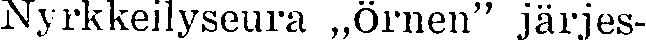
Nyrkkeilyseura ,,Örnen'' järjes-